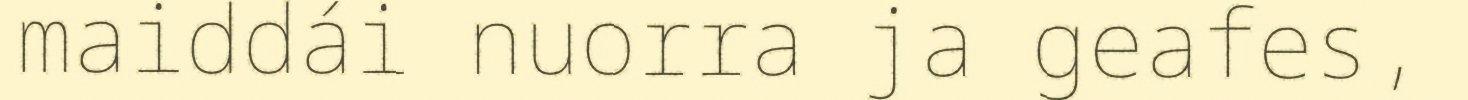
maiddái nuorra ja geafes,